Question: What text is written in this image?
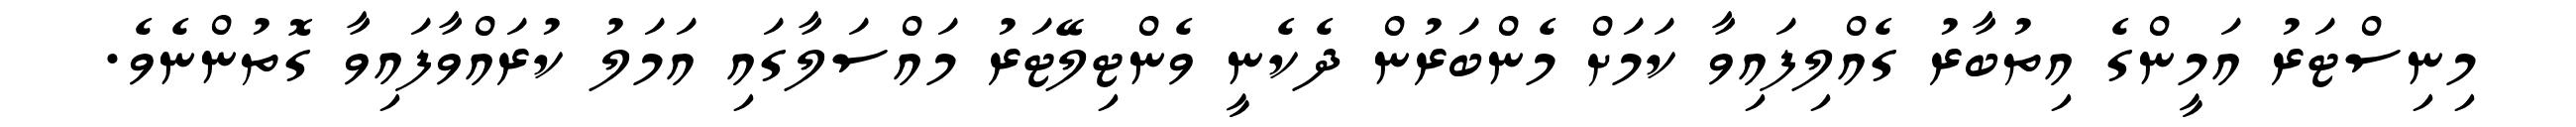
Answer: މިނިސްޓަރު އަމީންގެ އިތުބާރު ގެއްލިފައިވާ ކަމަށް މެންބަރުން ދެކެނީ ވެންޓިލޭޓަރު މައްސަލާގައި އަމަލު ކުރައްވާފައިވާ ގޮތުންނެވެ.